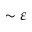
\sim \varepsilon